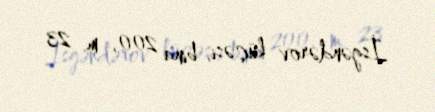
İsgəndərov küçəsi, bina 200, m. 23